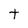
Character: t